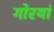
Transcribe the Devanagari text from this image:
गोरयां